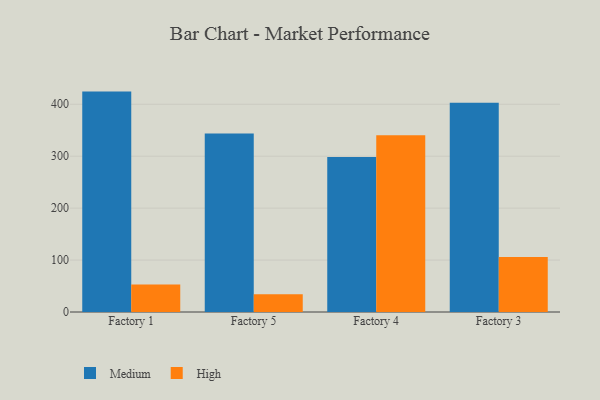
{"axis": {"x": "Factory", "y": "Tickets Resolved"}, "legend": ["High", "Medium"], "data": [{"x": "Factory 1", "y": 424.4, "type": "Medium"}, {"x": "Factory 1", "y": 53.0, "type": "High"}, {"x": "Factory 5", "y": 343.5, "type": "Medium"}, {"x": "Factory 5", "y": 34.1, "type": "High"}, {"x": "Factory 4", "y": 298.3, "type": "Medium"}, {"x": "Factory 4", "y": 340.4, "type": "High"}, {"x": "Factory 3", "y": 402.8, "type": "Medium"}, {"x": "Factory 3", "y": 105.7, "type": "High"}]}